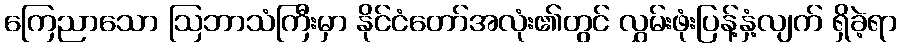
ကြေညာသော ဩဘာသံကြီးမှာ နိုင်ငံတော်အလုံး၏တွင် လွှမ်းဖုံးပြန့်နှံ့လျက် ရှိခဲ့ရာ